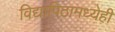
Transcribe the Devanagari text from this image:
विद्यापिठामध्येही